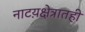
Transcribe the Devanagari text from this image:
नाटय़क्षेत्रातही